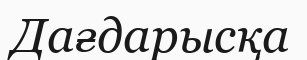
Дағдарысқа